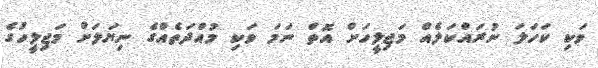
ވަކި ކަހަލަ ނުރައްކަލެއް މަޖިލީހަށް އޮތް ނަމަ ވަކި މުއްދަތެއްގެ ނިޔަލަށް މަޖިލީހުގެ